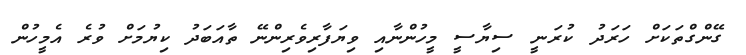
ގޭންގްތަކަށް ހަރަދު ކުރަނީ ސިޔާސީ މީހުންނާއި ވިޔަފާރިވެރިންނޭ ތާއަބަދު ކިޔުމަށް ވުރެ އެމީހުން